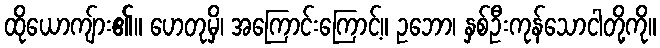
ထိုယောကျ်ား၏။ ဟေတုမှိ၊ အကြောင်းကြောင့်။ ဥဘော၊ နှစ်ဦးကုန်သောငါတို့ကို။